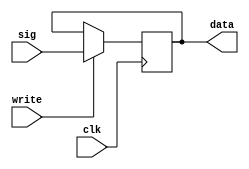
`timescale 1ns / 1ps

module register#(
    parameter width = 16
    )(
    input  wire clk,
    input  wire write,
    
    input  wire [width - 1 : 0] sig,
    
    output wire [width - 1 : 0] data
    );

reg [width - 1 : 0] storage = 0;

assign data = storage;

always@(posedge clk)
    begin
    
    storage <= write? sig : storage;
    
    end

endmodule